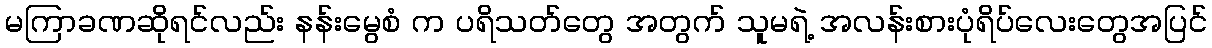
မကြာခဏဆိုရင်လည်း နန်းမွေစံ က ပရိသတ်တွေ အတွက် သူမရဲ့ အလန်းစားပုံရိပ်လေးတွေအပြင်